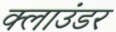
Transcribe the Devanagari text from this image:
क्लाउंडर